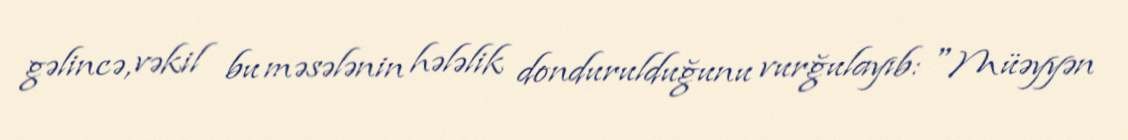
gəlincə, vəkil bu məsələnin hələlik dondurulduğunu vurğulayıb: "Müəyyən